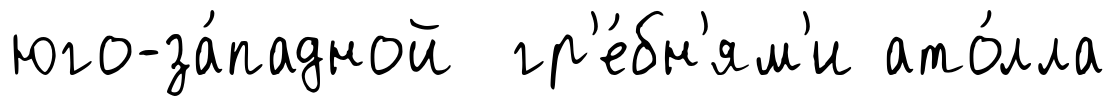
юго-за́падной гр'е́бн'ям'и ато́лла